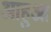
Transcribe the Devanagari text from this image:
आहुआ